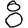
Digit: 8